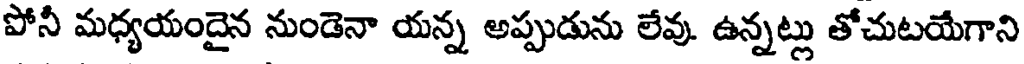
పోనీ మధ్యయందైన నుండెనా యన్న అప్పుడును లేవు. ఉన్నట్లు తోచుటయేగాని